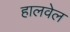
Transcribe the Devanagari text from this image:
हालवेल